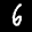
Label: 6